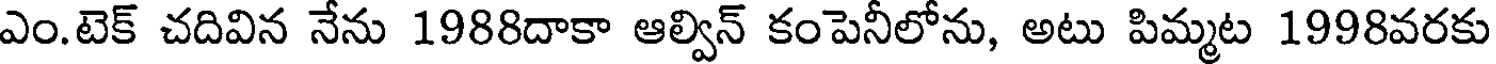
ఎం.టెక్ చదివిన నేను 1988దాకా ఆల్విన్ కంపెనీలోను, అటు పిమ్మట 1998వరకు